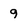
Character: 9